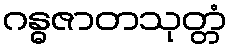
ဂန္ဓဇာတသုတ္တံ